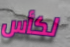
لكأس